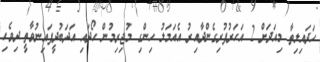
ހަދައިލިތާ މިއަދަށް 2 އަހަރުފުރިގެންދާއިރު އެއަމަލު ހިންގި މުޖިރިމުން ހޯދައި އަދަބުދީފައިނުވާތީ ދިވެހި